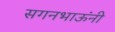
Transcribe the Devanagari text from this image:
सगनभाऊंनी